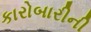
કારોબારીની